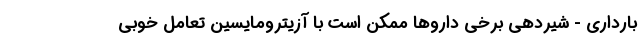
بارداری - شیردهی برخی داروها ممکن است با آزیترومایسین تعامل خوبی